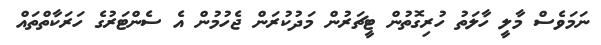
ނަމަވެސް މާލީ ހާލަތު ހުރިގޮތުން ޓީޗަރުން މަދުކުރަން ޖެހުމުން އެ ސެންޓަރުގެ ހަރަކާތްތައް